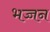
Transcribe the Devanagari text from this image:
भज्जन